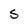
Character: S